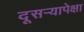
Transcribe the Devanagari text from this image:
दूसर्‍यापेक्षा